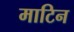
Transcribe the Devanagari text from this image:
माटिन